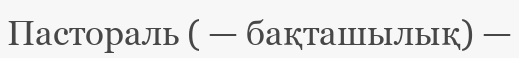
Пастораль ( — бақташылық) —